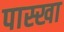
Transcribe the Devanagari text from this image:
पास्खा